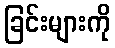
ခြင်းများကို